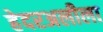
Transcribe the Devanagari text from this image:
हेदरअलीला